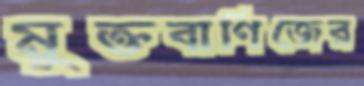
মুক্তবাণিজের